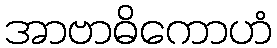
အာဗာဓိကောဟံ